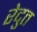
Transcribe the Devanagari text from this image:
रेदुत